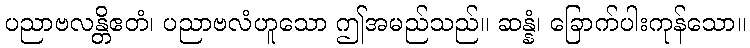
ပညာဗလန္တိဧတံ၊ ပညာဗလံဟူသော ဤအမည်သည်။ ဆန္နံ၊ ခြောက်ပါးကုန်သော။